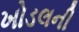
ખોડલની